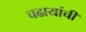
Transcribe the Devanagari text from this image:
चढायांची